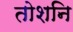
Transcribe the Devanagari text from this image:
तोशनि